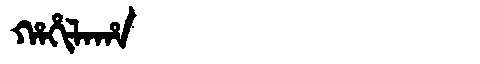
Manchu: ᡥᠠᡥᡳᠯᠠᡥᠠ
Romanization: HAHILAHA